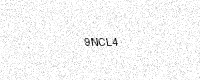
Text: 9NCL4